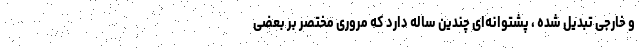
و خارجی تبدیل شده ، پشتوانه‌ای چندین ساله دارد که مروری مختصر بر بعضی